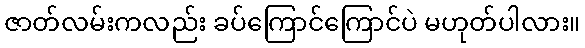
ဇာတ်လမ်းကလည်း ခပ်ကြောင်ကြောင်ပဲ မဟုတ်ပါလား။